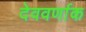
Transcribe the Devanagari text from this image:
देववर्णाक